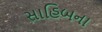
સાહિબના